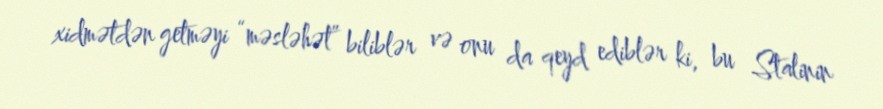
xidmətdən getməyi “məsləhət” biliblər və onu da qeyd ediblər ki, bu Stalinin